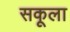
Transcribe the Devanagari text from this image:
सकूला